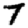
Digit: 7